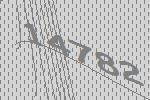
14782